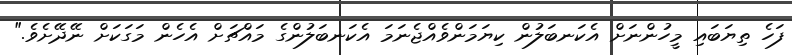
ފަހެ ތިޔަބައި މީހުންނަށް އެކަނބަލުން ކިޔަމަންވެއްޖެނަމަ އެކަނބަލުންގެ މައްޗަށް އެހެން މަގަކަށް ނޭދޭށެވެ."